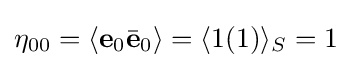
\eta _{00}=\langle \mathbf {e} _{0}{\bar {\mathbf {e} }}_{0}\rangle =\langle 1(1)\rangle _{S}=1